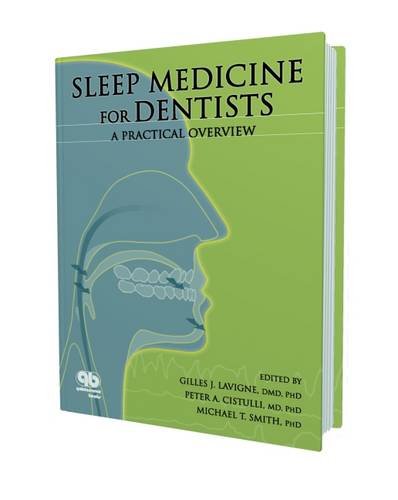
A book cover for Sleep Medicine for Dentists: A Practical Overview; Gilles J. Lavigne; Medical Books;